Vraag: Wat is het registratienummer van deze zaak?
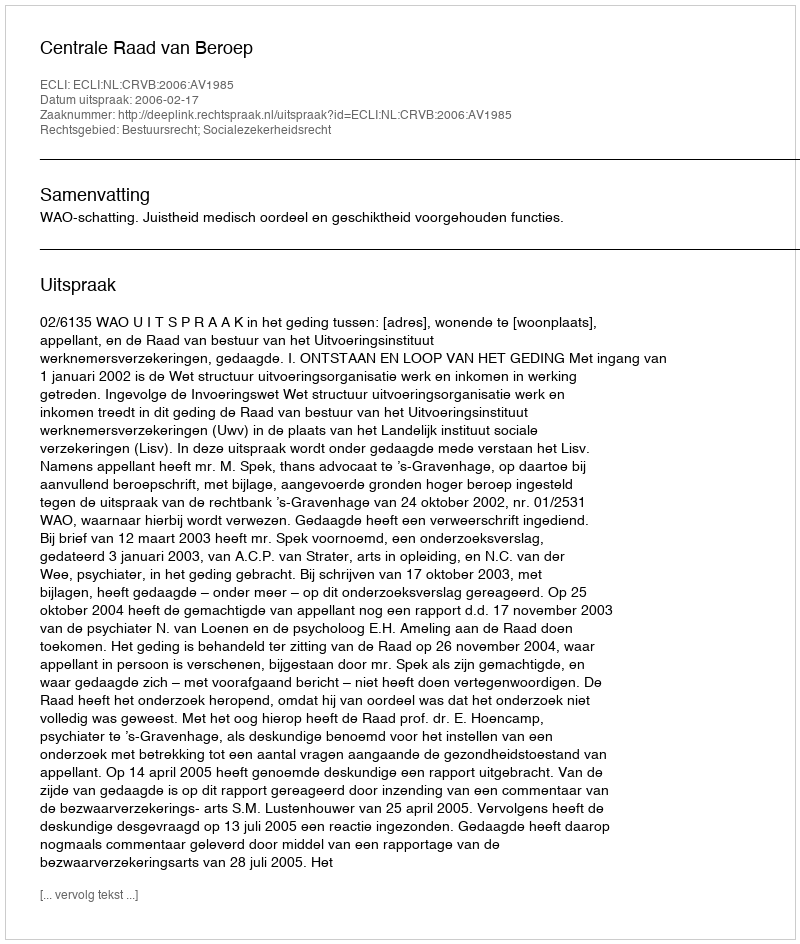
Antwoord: http://deeplink.rechtspraak.nl/uitspraak?id=ECLI:NL:CRVB:2006:AV1985